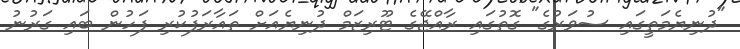
"ދުނިޔެމަތީގައި ސުވަރުގެ" ގޮތުގައި ރާއްޖޭގެ ޓޫރިޒަމް ދުނިޔެއަށް ތައާރަފުކުރި ފަހުން ބައި ގަރުނު